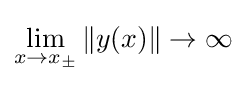
\lim _{x\to x_{\pm }}\|y(x)\|\to \infty